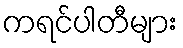
ကရင်ပါတီများ